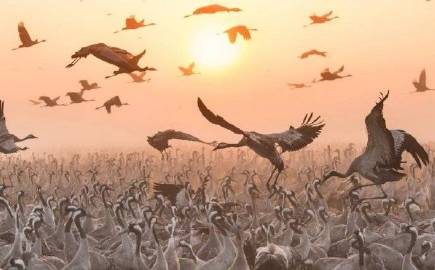
乡书不可寄，秋雁又南回。